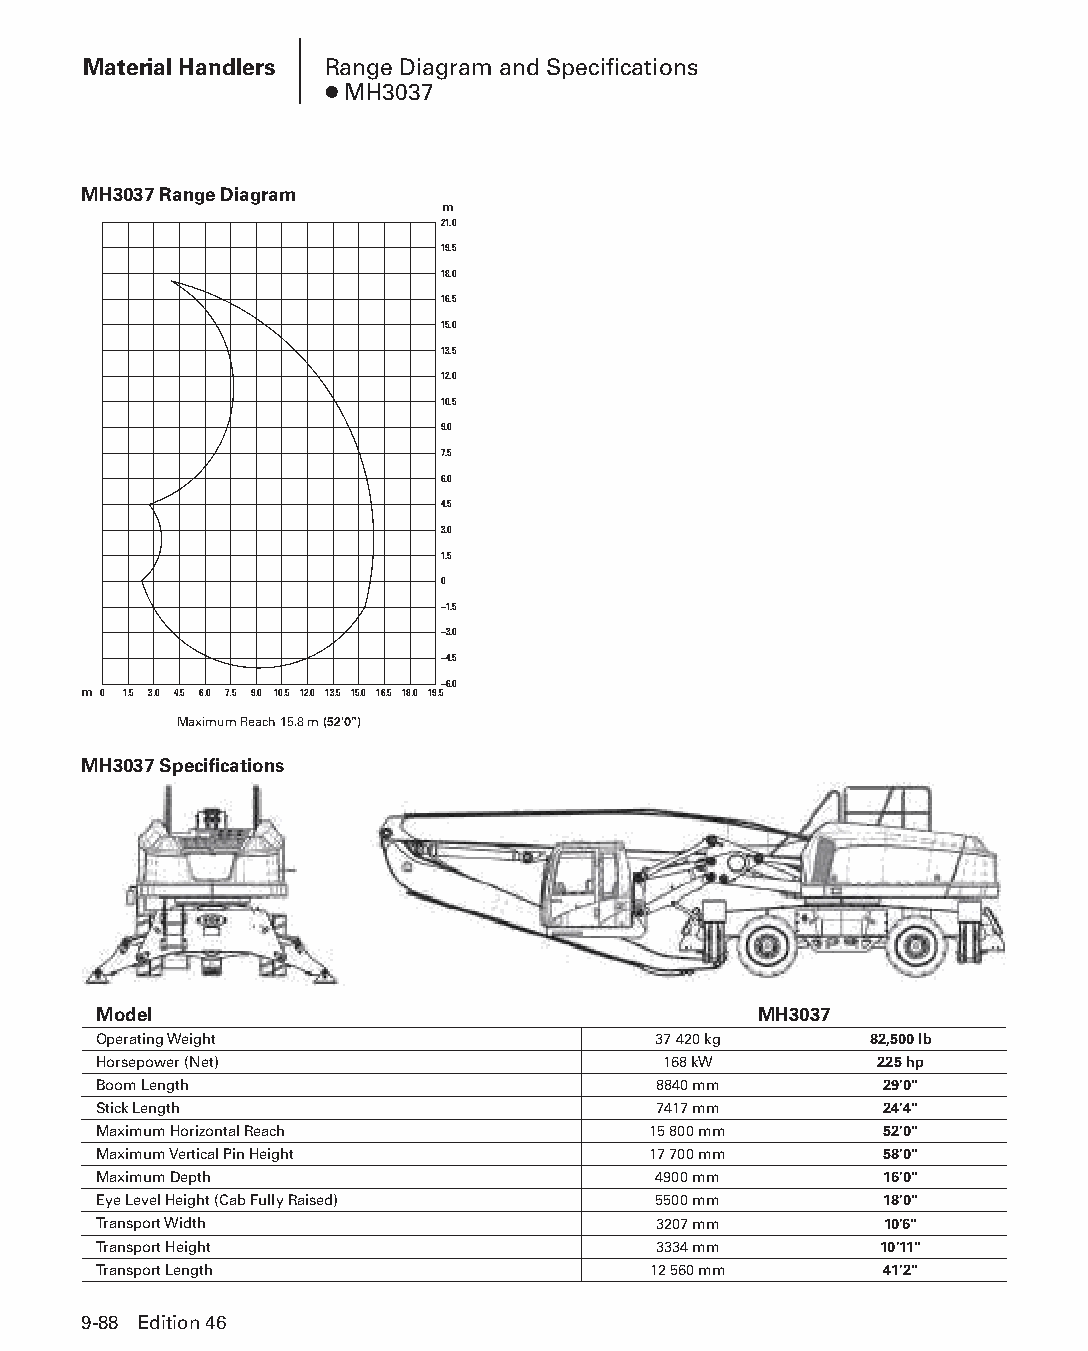
Material Handlers Range Diagram and Specifications
 ● MH3037
 MH3037 Range Diagram
 m
 21.0
 19.5
 18.0
 16.5
 15.0
 13.5
 12.0
 10.5
 9.0
 7.5
 6.0
 4.5
 3.0
 1.5
 0
 –1.5
 –3.0
 –4.5
 –6.0
 m 0 1.5 3.0 4.5 6.0 7.5 9.0 10.5 12.0 13.5 15.0 16.5 18.0 19.5
 Maximum Reach 15.8 m (52'0")
 MH3037 Specifications
 Model                                       MH3037
 Operating Weight                     37 420 kg     82,500 lb
 Horsepower (Net)                     168 kW        225 hp
 Boom Length                          8840 mm        29'0"
 Stick Length                         7417 mm        24'4"
 Maximum Horizontal Reach            15 800 mm       52'0"
 Maximum Vertical Pin Height         17 700 mm       58'0"
 Maximum Depth                        4900 mm        16'0"
 Eye Level Height (Cab Fully Raised)  5500 mm        18'0"
 Transport Width                      3207 mm        10'6"
 Transport Height                     3334 mm        10'11"
 Transport Length                    12 560 mm       41'2"
 9-88 Edition 46
 PPHHBB--SSeecc0099--1166..iinndddd 8888                        1122//44//1155 1100::4422 AAMM